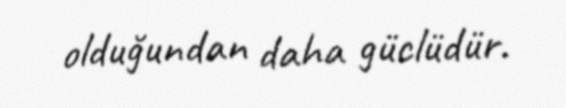
olduğundan daha güclüdür.